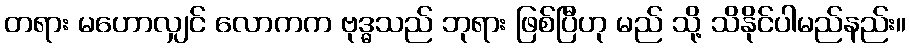
တရား မဟောလျှင် လောကက ဗုဒ္ဓသည် ဘုရား ဖြစ်ပြီဟု မည် သို့ သိနိုင်ပါမည်နည်း။